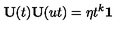
{ \bf U } ( t ) { \bf U } ( u t ) = \eta t ^ { k } { \bf 1 }